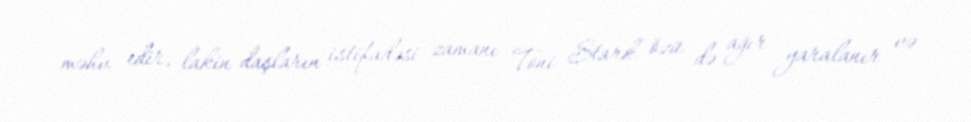
məhv edir, lakin daşların istifadəsi zamanı Toni Stark özü də ağır yaralanır və